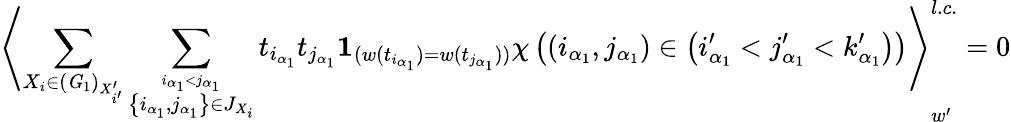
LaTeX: \left\langle\sum_{X_{i}\in({\mathit G}_{1})_{X_{i^{\prime}}^{\prime}}}\sum_{\stackrel{i_{\alpha_{1}}<j_{\alpha_{1}}}{\left\{ i_{\alpha_{1}},j_{\alpha_{1}}\right\} \in J_{X_{i}}}}t_{i_{\alpha_{1}}}t_{j_{\alpha_{1}}}{\mathbf 1}_{(w(t_{i_{\alpha_{1}}})=w(t_{j_{\alpha_{1}}}))}\chi\left(\left(i_{\alpha_{1}},j_{\alpha_{1}}\right)\in\left(i_{\alpha_{1}}^{\prime}<j_{\alpha_{1}}^{\prime}<k_{\alpha_{1}}^{\prime}\right)\right)\right\rangle_{w^{\prime}}^{l.c.}=0